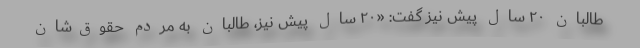
طالبان ۲۰ سال پیش نیز گفت: «۲۰ سال پیش نیز، طالبان به مردم حقوق‌شان